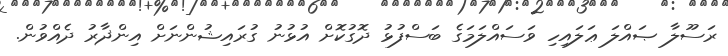
ރަސޫލާ ޞައްލަ ޢަލައިހި ވަސައްލަމަގެ ބަސްފުޅު ދޮގުކޮށް އުޅުނު ގުރައިޝުންނަށް އިންޛާރު ދެއްވުން.